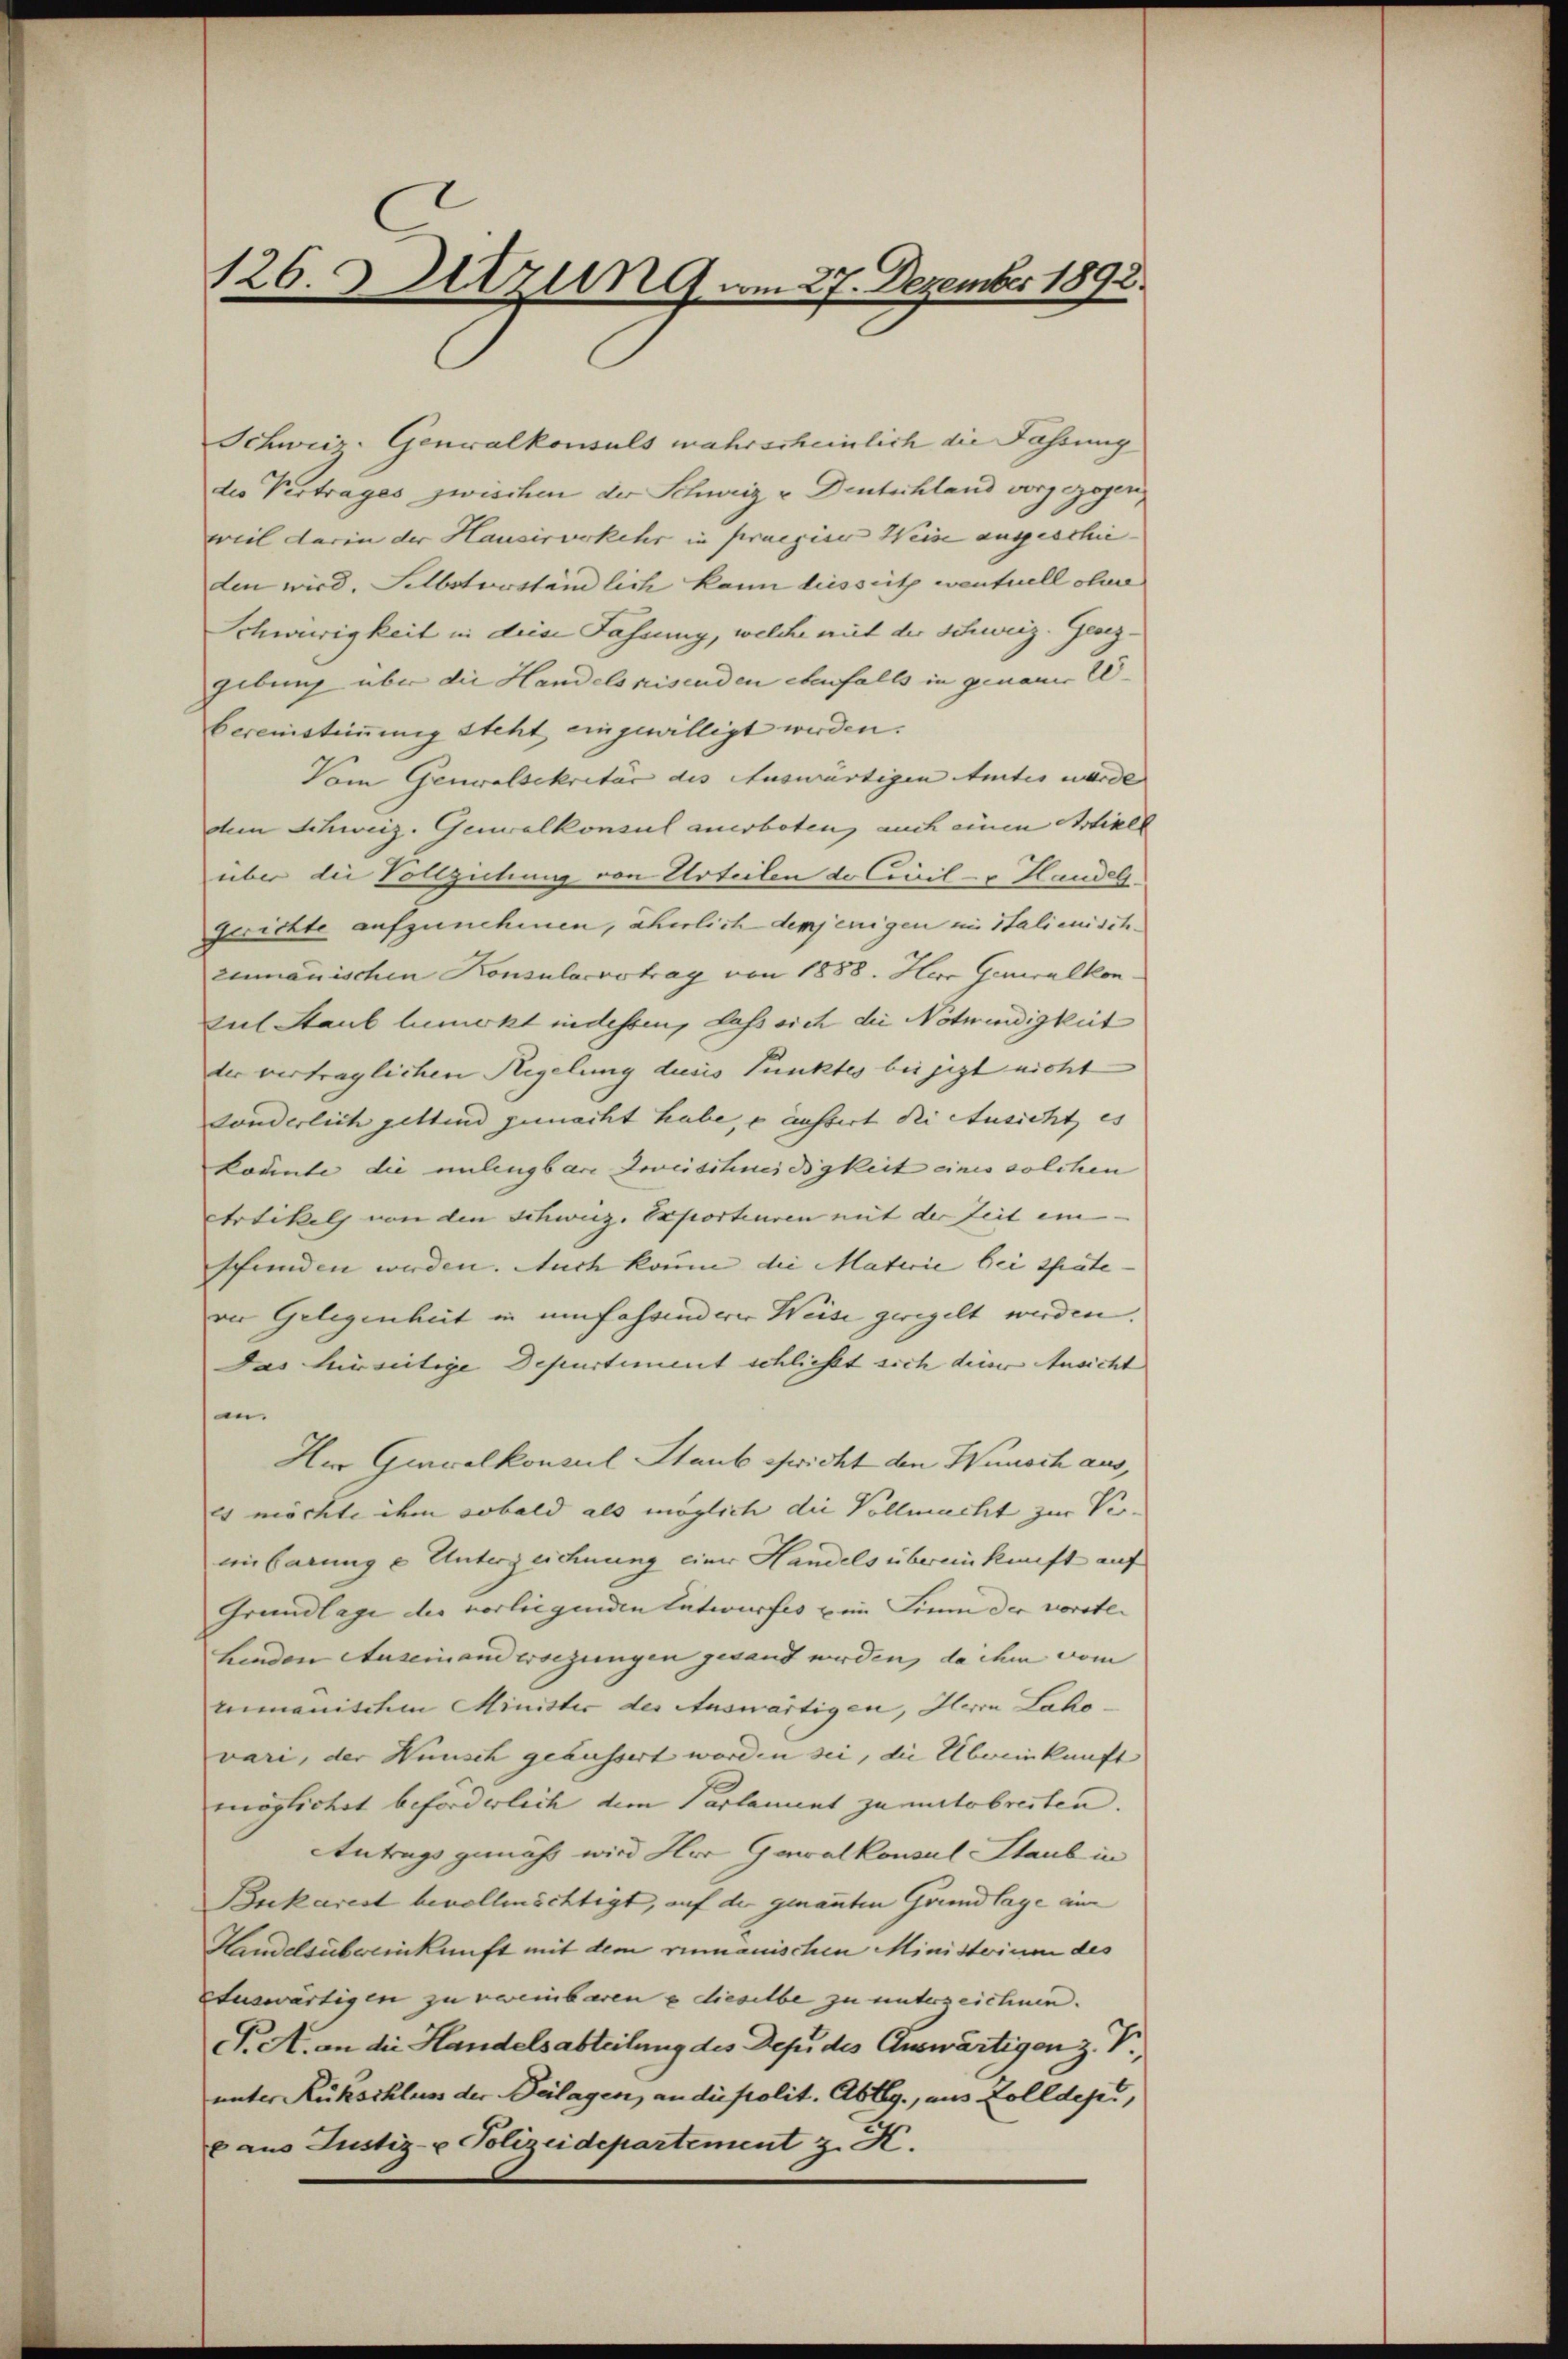
126. Sitzung am 27. Dezember 1892.

Schweiz. Genralkonsuls wahrscheinlich die Fassung
die Vertrages zwischen der Schweiz u Deutschland vorgezogen
weil darin der Hausirverkehr in praepier Weise angeschie-
den wird. Selbstverständlich kann liesseit ventuell ohner
Schwierigkeit in diese Fassung, welche mit der Schweiz. Gesez¬
Eebung über die Handelsreisenden ebenfalls in genauer 20
bereinstimmung steht eingewilligt werden.
Vom Genwalsekretär des Auswärtigen Amtes wurde
dem Schweiz. Gewalkonsul anerboten, auch einen Artikel
über die Vollziehung von Urteilen de Civil- u Handel
gerichte aufzunehmen, aberlich demjenigen in Italienisch
zumanischen Konsularvetrag von 1888. Herr Generalkon
sul Staub bemerkt indessen, dass sich die Notwendigkeit
der vertraglichen Regelung dieses Punktes bei jezt nicht
sonderlich geltend gemacht habe, o äussert die Ausicht es
konnte die unlingbare Doveischneidigkeit eines solchen
Artikels von den schweiz. Exporteuren mit der Zeit ein- |
shunden werden. Auch kaum die Materie bei späte- |
vo Gelegenheit in umfassenderer Weise geregelt werden.
Das hinseitige Departement schließt sich dem Ansicht
in.
Hu Gevolkonsul Staub ewicht den Wunsch aus,
Es möchte ihm sobald als möglich die Vollmacht zur Ver-
inbarung u Unterzeichnung einer Handels übereinkunft auf
Grundlage der vorliegenden Entwurfes u im Sinn der vorstehenden Auseinand ersezungen gesand werden, da ihm vom
mimanischen Minister der Auswärtigen, Herrn Lakovari, der Wünsch gehassert worden sei, die Übereinkunft
möglichet beförderlich dem Parlament zumutsbreiten.
Antrags gemäss wird Hor Gewalkonsul Staub in
Bukarest bevollmächtigt, auf der genannten Grundlage an
Handelsübereinkunft mit dem rimanischen Ministerium des
auswärtigen zu vereinbaren u dieselbe zu unterzeichnen.
P. A. an die Handelsabteilung des Depi des Auswärtigen z. J
unter Rückschlen der Beilagen, andestolit. Abtlg., aus Zolldept,
c aus Justiz- u Polizeidepartement z. K.